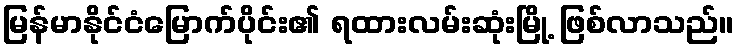
မြန်မာနိုင်ငံမြောက်ပိုင်း၏ ရထားလမ်းဆုံးမြို့ ဖြစ်လာသည်။